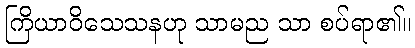
ကြိယာဝိသေသနဟု သာမည သာ စပ်ရာ၏။